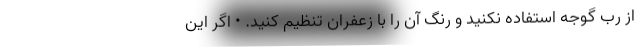
از رب گوجه استفاده نکنید و رنگ آن را با زعفران تنظیم کنید. • اگر این